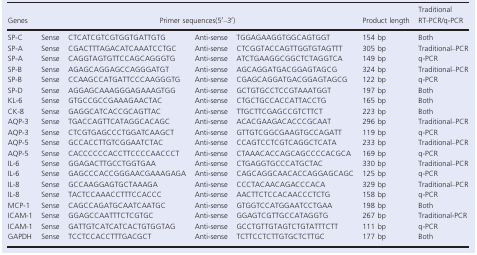
<table><thead><tr><td><b>Genes</b></td><td colspan="4"><b>Primer sequences(5′–3′)</b></td><td><b>Product length</b></td><td><b>Traditional RT-PCR/q-PCR</b></td></tr></thead><tbody><tr><td>SP-C</td><td>Sense</td><td>CTCATCGTCGTGGTGATTGTG</td><td>Anti-sense</td><td>TGGAGAAGGTGGCAGTGGT</td><td>154 bp</td><td>Both</td></tr><tr><td>SP-A</td><td>Sense</td><td>CGACTTTAGACATCAAATCCTGC</td><td>Anti-sense</td><td>CTCGGTACCAGTTGGTGTAGTTT</td><td>305 bp</td><td>Traditional–PCR</td></tr><tr><td>SP-A</td><td>Sense</td><td>CAGGTAGTGTTCCAGCAGGGTG</td><td>Anti-sense</td><td>ATCTGAAGGCGGCTCTAGGTCA</td><td>149 bp</td><td>q-PCR</td></tr><tr><td>SP-B</td><td>Sense</td><td>AGAGCAGGAGCCAGGGATGT</td><td>Anti-sense</td><td>AGCAGGATGACGGAGTAGCG</td><td>324 bp</td><td>Traditional–PCR</td></tr><tr><td>SP-B</td><td>Sense</td><td>CCAAGCCATGATTCCCAAGGGTG</td><td>Anti-sense</td><td>CGAGCAGGATGACGGAGTAGCG</td><td>122 bp</td><td>q-PCR</td></tr><tr><td>SP-D</td><td>Sense</td><td>AGGAGCAAAGGGAGAAAGTGG</td><td>Anti-sense</td><td>GCTGTGCCTCCGTAAATGGT</td><td>197 bp</td><td>Both</td></tr><tr><td>KL-6</td><td>Sense</td><td>GTGCCGCCGAAAGAACTAC</td><td>Anti-sense</td><td>CTGCTGCCACCATTACCTG</td><td>165 bp</td><td>Both</td></tr><tr><td>CK-8</td><td>Sense</td><td>GAGGCATCACCGCAGTTAC</td><td>Anti-sense</td><td>TTGCTTCGAGCCGTCTTCT</td><td>223 bp</td><td>Both</td></tr><tr><td>AQP-3</td><td>Sense</td><td>TGACCAGTTCATAGGCACAGC</td><td>Anti-sense</td><td>ACACGAAGACACCCGCAAT</td><td>296 bp</td><td>Traditional–PCR</td></tr><tr><td>AQP-3</td><td>Sense</td><td>CTCGTGAGCCCTGGATCAAGCT</td><td>Anti-sense</td><td>GTTGTCGGCGAAGTGCCAGATT</td><td>119 bp</td><td>q-PCR</td></tr><tr><td>AQP-5</td><td>Sense</td><td>GCCACCTTGTCGGAATCTAC</td><td>Anti-sense</td><td>CCAGTCCTCGTCAGGCTCATA</td><td>233 bp</td><td>Traditional–PCR</td></tr><tr><td>AQP-5</td><td>Sense</td><td>CACCCCCCACCTTCCCCAACCCT</td><td>Anti-sense</td><td>CTAAACACCAGCAGCCCCACGCA</td><td>169 bp</td><td>q-PCR</td></tr><tr><td>IL-6</td><td>Sense</td><td>GGAGACTTGCCTGGTGAA</td><td>Anti-sense</td><td>CTGAGGTGCCCATGCTAC</td><td>330 bp</td><td>Traditional–PCR</td></tr><tr><td>IL-6</td><td>Sense</td><td>GAGCCCACCGGGAACGAAAGAGA</td><td>Anti-sense</td><td>CAGCAGGCAACACCAGGAGCAGC</td><td>125 bp</td><td>q-PCR</td></tr><tr><td>IL-8</td><td>Sense</td><td>GCCAAGGAGTGCTAAAGA</td><td>Anti-sense</td><td>CCCTACAACAGACCCACA</td><td>329 bp</td><td>Traditional–PCR</td></tr><tr><td>IL-8</td><td>Sense</td><td>TACTCCAAACCTTTCCACCC</td><td>Anti-sense</td><td>AACTTCTCCACAACCCTCTG</td><td>158 bp</td><td>q-PCR</td></tr><tr><td>MCP-1</td><td>Sense</td><td>CAGCCAGATGCAATCAATGC</td><td>Anti-sense</td><td>GTGGTCCATGGAATCCTGAA</td><td>198 bp</td><td>Both</td></tr><tr><td>ICAM-1</td><td>Sense</td><td>GGAGCCAATTTCTCGTGC</td><td>Anti-sense</td><td>GGAGTCGTTGCCATAGGTG</td><td>267 bp</td><td>Traditional-PCR</td></tr><tr><td>ICAM-1</td><td>Sense</td><td>GATTGTCATCATCACTGTGGTAG</td><td>Anti-sense</td><td>GCCTGTTGTAGTCTGTATTTCTT</td><td>111 bp</td><td>q-PCR</td></tr><tr><td>GAPDH</td><td>Sense</td><td>TCCTCCACCTTTGACGCT</td><td>Anti-sense</td><td>TCTTCCTCTTGTGCTCTTGC</td><td>177 bp</td><td>Both</td></tr></tbody></table>